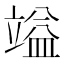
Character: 𮄷